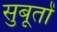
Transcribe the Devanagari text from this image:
सुबूतों